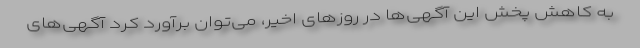
به کاهش پخش این آگهی‌ها در روزهای اخیر، می‌توان برآورد کرد آگهی‌های